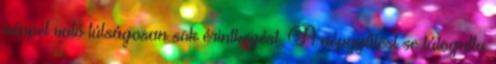
néppel való túlságosan sok érintkezést. A népgyűlést se látogatta